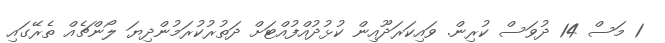
1 މަސް 14 ދުވަސް ކުރިން. ވައިކަރަދޫއިން ކުޅުދުއްފުއްޓަށް ދަތުރުކުރަމުންދިޔަ ލޯންޗެއް ތެރޭގައި